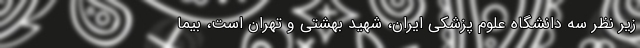
زیر نظر سه دانشگاه علوم پزشکی ایران، شهید بهشتی و تهران است، بیما